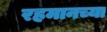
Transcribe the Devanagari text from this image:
रहमानच्या